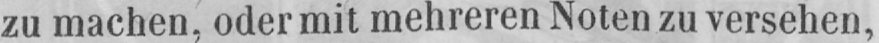
zu machen, oder mit mehreren Noten zu versehen,